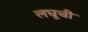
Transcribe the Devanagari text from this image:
लघूची